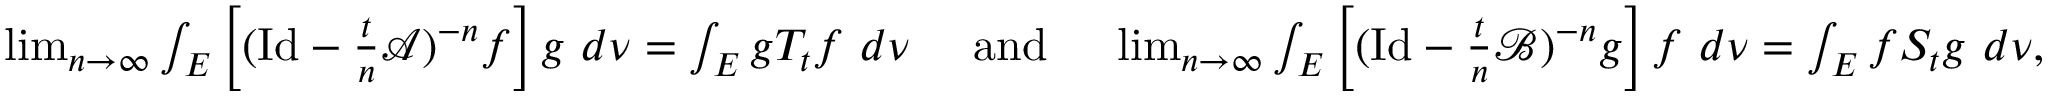
\begin{array} { r } { \operatorname* { l i m } _ { n \to \infty } \int _ { E } \left[ ( \mathrm { I d } - \frac { t } { n } \mathscr { A } ) ^ { - n } f \right] g \ d \nu = \int _ { E } g T _ { t } f \ d \nu \quad \mathrm { ~ a n d ~ } \quad \operatorname* { l i m } _ { n \to \infty } \int _ { E } \left[ ( \mathrm { I d } - \frac { t } { n } \mathscr { B } ) ^ { - n } g \right] f \ d \nu = \int _ { E } f S _ { t } g \ d \nu , } \end{array}